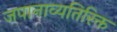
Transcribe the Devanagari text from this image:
जपानाव्यतिरिक्त